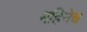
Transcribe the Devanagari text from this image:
महिनेच